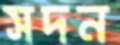
সদন